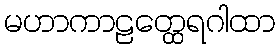
မဟာကာဠတ္ထေရဂါထာ